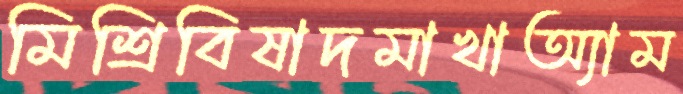
মিশ্রিবিষাদমাখাঅ্যাম